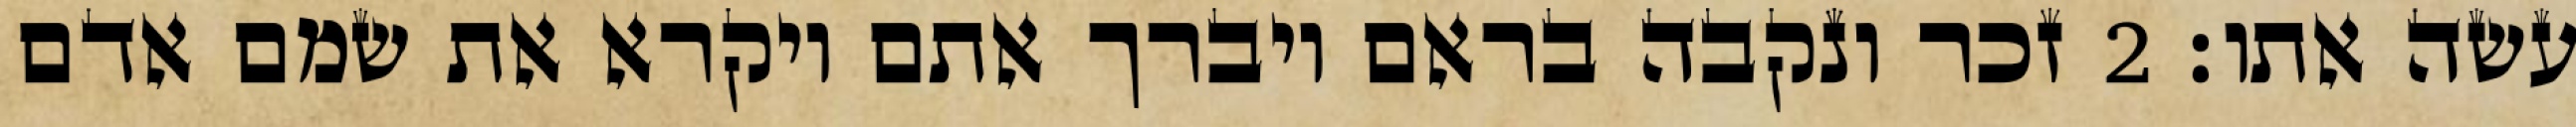
עשה אתו׃ ‎2‏ זכר ונקבה בראם ויברך אתם ויקרא את שמם אדם